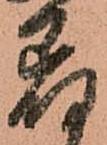
着